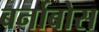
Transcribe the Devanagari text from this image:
बर्नाबोस